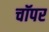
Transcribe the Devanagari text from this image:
चॉपर